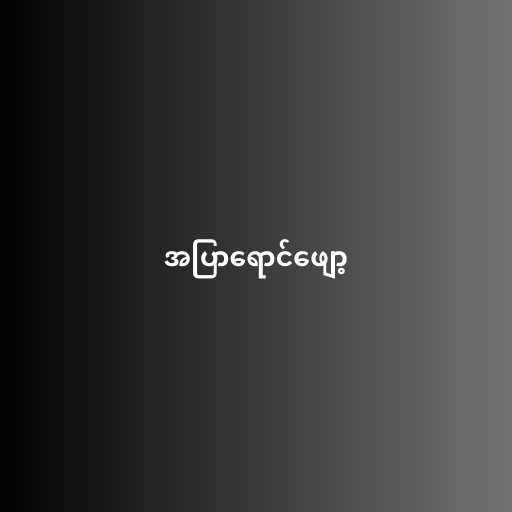
အပြာရောင်ဖျော့